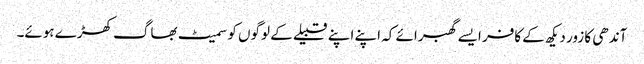
آندھی کا زور دیکھ کے کافر ایسے گھبرائے کہ اپنے اپنے قبیلے کے لوگوں کو سمیٹ بھاگ کھڑے ہوئے۔